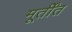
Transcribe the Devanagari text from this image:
मूर्तींत